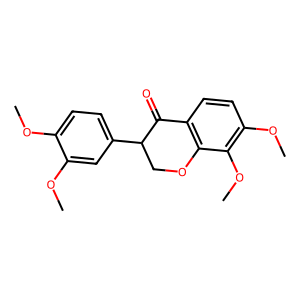
SMILES: COc1ccc(C2COc3c(ccc(OC)c3OC)C2=O)cc1OC
Inhibits HIV replication: No